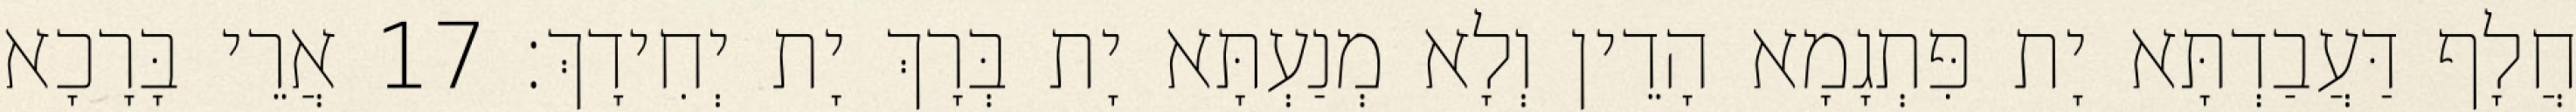
חֲלָף דַּעֲבַדְתָּא יָת פִּתְגָמָא הָדֵין וְלָא מְנַעְתָּא יָת בְּרָךְ יָת יְחִידָךְ׃ 17 אֲרֵי בָּרָכָא